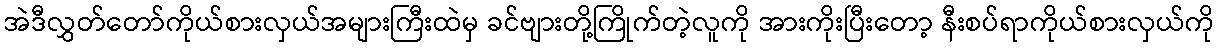
အဲဒီလွှတ်တော်ကိုယ်စားလှယ်အများကြီးထဲမှ ခင်ဗျားတို့ကြိုက်တဲ့လူကို အားကိုးပြီးတော့ နီးစပ်ရာကိုယ်စားလှယ်ကို